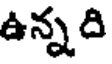
ఉన్నది